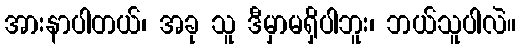
အားနာပါတယ်၊ အခု သူ ဒီမှာမရှိပါဘူး၊ ဘယ်သူပါလဲ။